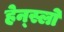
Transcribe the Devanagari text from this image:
हेन्स्लो